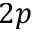
2 p